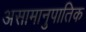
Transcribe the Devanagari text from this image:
असामानुपातिक